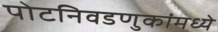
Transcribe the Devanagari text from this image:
पोटनिवडणुकांमध्ये